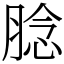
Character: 腍